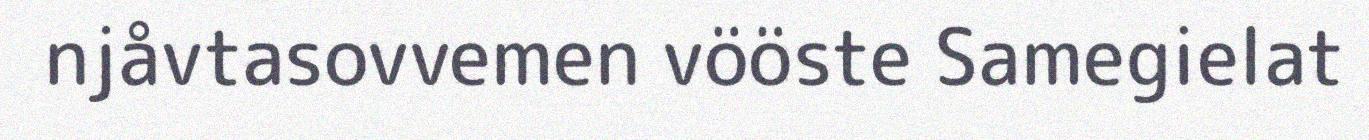
njåvtasovvemen vööste Samegielat